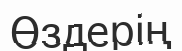
Өздерің